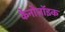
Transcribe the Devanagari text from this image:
केनोज़ॉइक